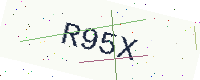
Text: R95X